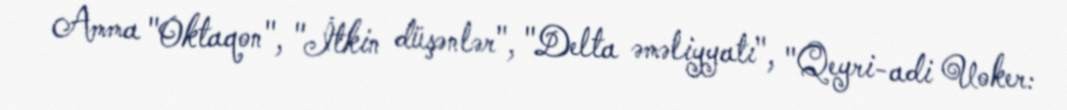
Amma "Oktaqon", "İtkin düşənlər", "Delta əməliyyatı", "Qeyri-adi Uoker: